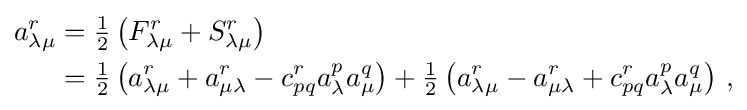
{\begin{aligned}a_{\lambda \mu }^{r}&={\tfrac {1}{2}}\left(F_{\lambda \mu }^{r}+S_{\lambda \mu }^{r}\right)\\&={\tfrac {1}{2}}\left(a_{\lambda \mu }^{r}+a_{\mu \lambda }^{r}-c_{pq}^{r}a_{\lambda }^{p}a_{\mu }^{q}\right)+{\tfrac {1}{2}}\left(a_{\lambda \mu }^{r}-a_{\mu \lambda }^{r}+c_{pq}^{r}a_{\lambda }^{p}a_{\mu }^{q}\right)\,,\end{aligned}}